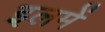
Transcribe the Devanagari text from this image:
इलमें